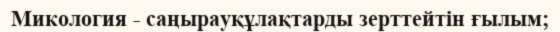
Микология - саңырауқұлақтарды зерттейтін ғылым;